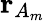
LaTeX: \mathbf{r}_{A_{m}}